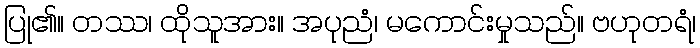
ပြု၏။ တဿ၊ ထိုသူအား။ အပုညံ၊ မကောင်းမှုသည်။ ဗဟုတရံ၊